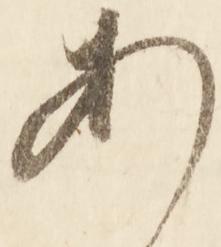
あ